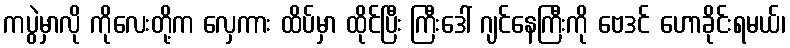
ကပွဲမှာလို ကိုလေးတို့က လှေကား ထိပ်မှာ ထိုင်ပြီး ကြီးဒေါ် ဂျင်နေကြီးကို ဗေဒင် ဟောခိုင်းရမယ်၊